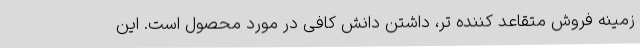
زمینه فروش متقاعد کننده تر، داشتن دانش کافی در مورد محصول است. این